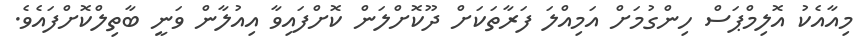
މިއާއެކު އޮލިމްޕަސް ހިންގުމަށް އަމިއްލަ ފަރާތަކަށް ދޫކޮށްލަން ކޮށްފައިވާ އިއުލާން ވަނީ ބާތިލްކޮށްފައެވެ.